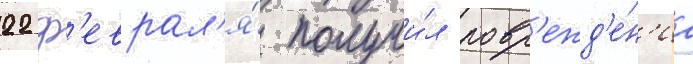
22 ф'еврал'я́ получи́л повр'ежд'е́н'иа